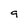
Character: 9